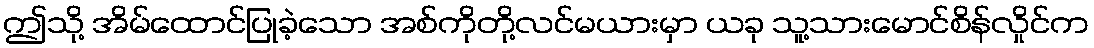
ဤသို့ အိမ်ထောင်ပြုခဲ့သော အစ်ကိုတို့လင်မယားမှာ ယခု သူ့သားမောင်စိန်လှိုင်က